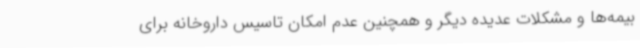
بیمه‌ها و مشکلات عدیده دیگر و همچنین عدم امکان تاسیس داروخانه برای